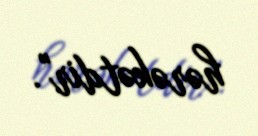
hərəkətdir".